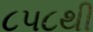
૮૫૮થી